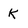
Character: k